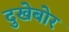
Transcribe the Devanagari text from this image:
दुखेबोर